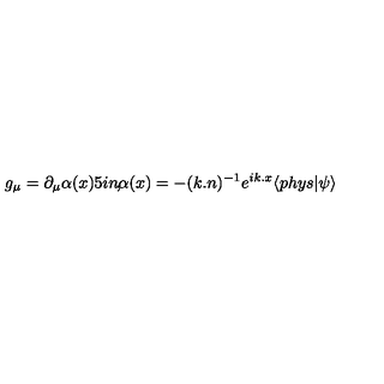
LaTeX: g _ { \mu } = \partial _ { \mu } \alpha ( x ) \makebox [ . 5 i n ] { , } \alpha ( x ) = - ( k . n ) ^ { - 1 } e ^ { i k . x } \langle p h y s | \psi \rangle